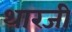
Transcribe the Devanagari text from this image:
थारजी